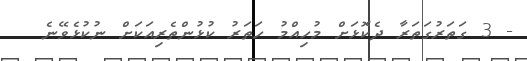
- 3 ގަތަރުގަތަރާ ދެކޮޅަށް މުހިއްމު ހަތަރު ކުޅުންތެރިއަކަށް ނުކުޅެވޭނެ